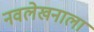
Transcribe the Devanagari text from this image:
नवलेखनाला